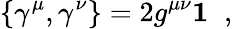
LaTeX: \left\lbrace\gamma^{\mu},\gamma^{\nu}\right\rbrace=2g^{\mu\nu}{\mathbf 1}\; \; ,